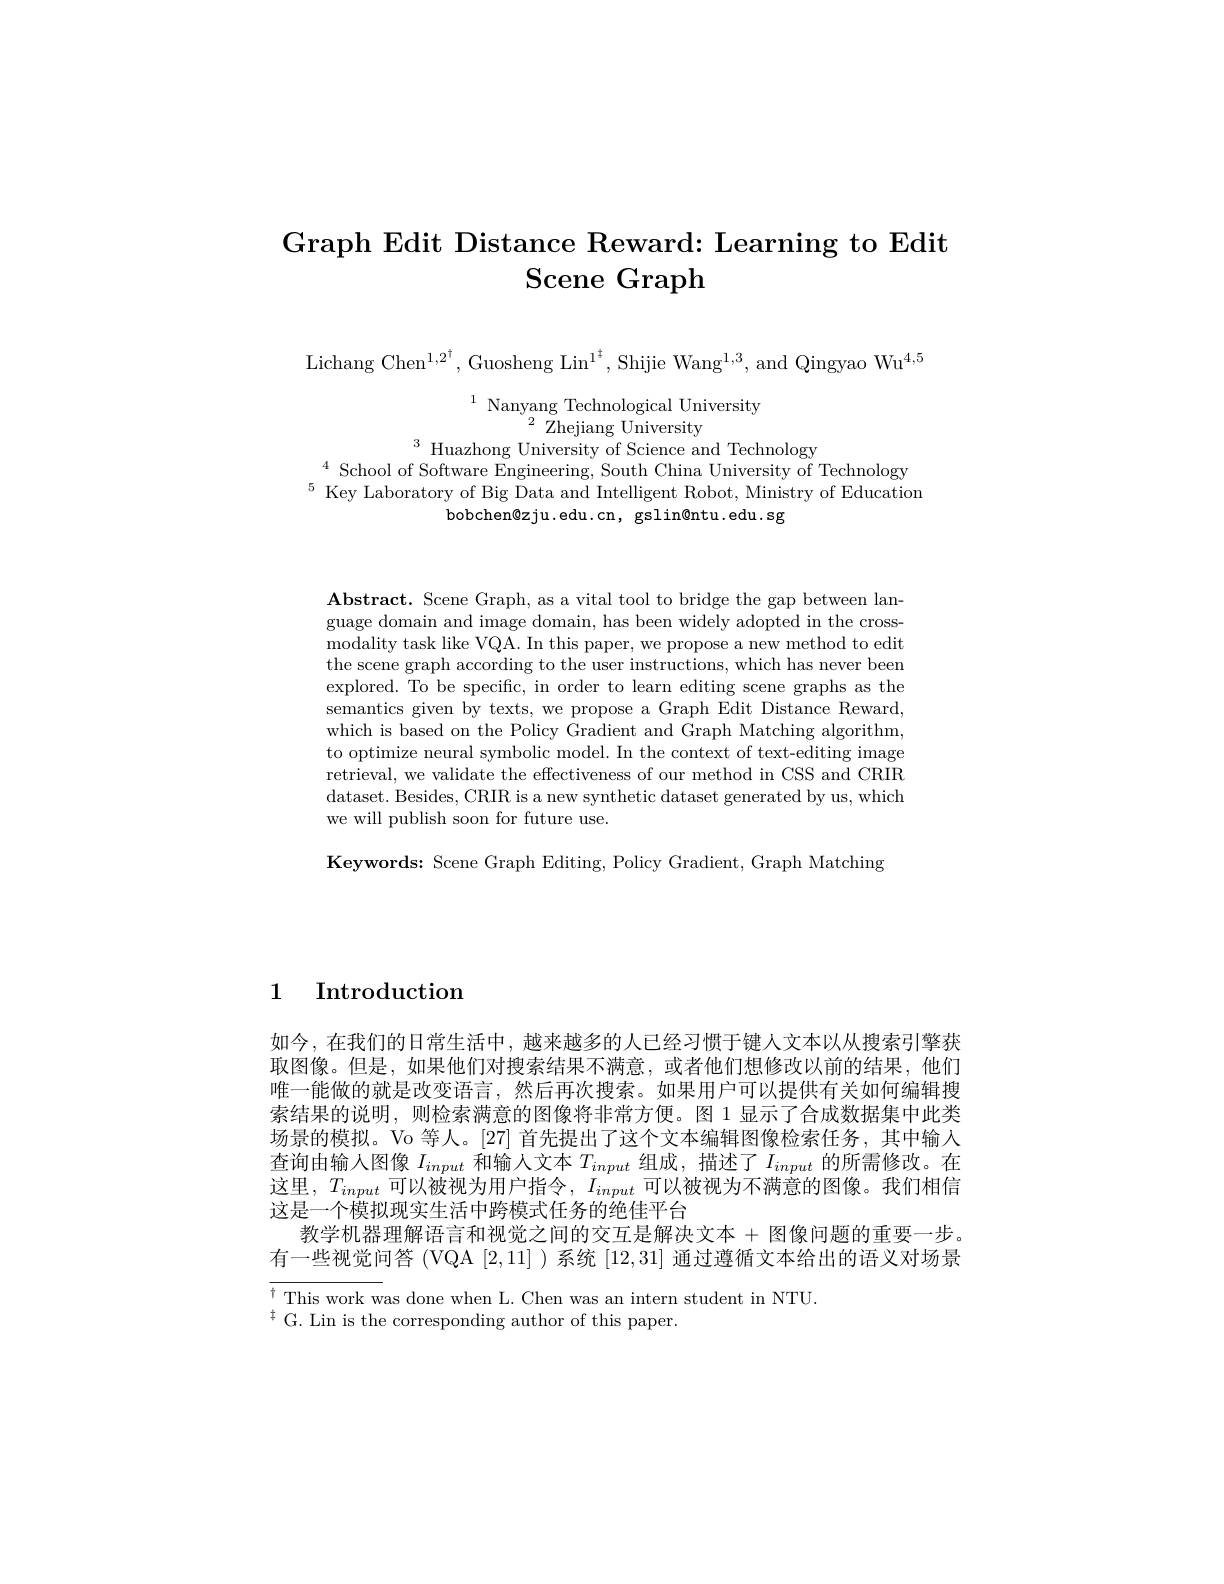
# Graph Edit Distance Reward: Learning to Edit Scene Graph

Lichang Chen$^1,2^{\dagger}$,Guosheng Lin$^1^{\dagger}$,Shijie Wang$^1,3$,and Qingyao Wu$^4,5$

$\begin{array}{cc}^{1}&\text{Nanyang Technological University}\\2&\cdots\end{array}$
${}^{2}{\mathrm{~Zhejiang~University}}$
$\operatorname*{lim}_{c\text{ G }c}^{3}\operatorname*{Huazhong}\underset{c}{c}{c}$University of Science and Technology

$^{4}$ School of Software Engineering, South China University of Technology $^{5}$ Key Laboratory of Big Data and Intelligent Robot, Ministry of Education
bobchen@zju.edu.cn, gslin@ntu.edu.sg

Abstract. Scene Graph, as a vital tool to bridge the gap between language domain and image domain, has been widely adopted in the crossmodality task like VQA. In this paper, we propose a new method to edit the scene graph according to the user instructions, which has never been explored. To be specific, in order to learn editing scene graphs as the semantics given by texts, we propose a Graph Edit Distance Reward, which is based on the Policy Gradient and Graph Matching algorithm, to optimize neural symbolic model. In the context of text-editing image retrieval, we validate the effectiveness of our method in CSS and CRIR dataset. Besides, CRIR is a new synthetic dataset generated by us, which we will publish soon for future use.

Keywords: Scene Graph Editing, Policy Gradient, Graph Matching

1 Introduction

如今，在我们的日常生活中，越来越多的人已经习惯于键人文本以从搜索引擎获取图像。但是，如果他们对搜索结果不满意，或者他们想修改以前的结果，他们唯一能做的就是改变语言，然后再次搜索。如果用户可以提供有关如何编辑搜索结果的说明，则检索满意的图像将非常方便。图 1 显示了合成数据集中此类场景的模拟。Vo 等人。[27] 首先提出了这个文本编辑图像检索任务，其中输入查询由输入图像$I_input$和输人文本$T_input$组成，描述了$I_input$的所需修改。在这里，$T_input$可以被视为用户指令，$I_input$可以被视为不满意的图像。我们相信这是一个模拟现实生活中跨模式任务的绝佳平台
教学机器理解语言和视觉之间的交互是解决文本 +图像问题的重要一步。有一些视觉问答 (VQA [2,11] )系统[12,31]通过遵循文本给出的语义对场景

$\overline{{^\dagger\text{This work w}}}$as done when L. Chen was an intern student in NTU.
$^{\ddagger}$G. Lin is the corresponding author of this paper.